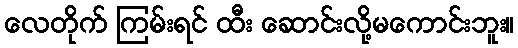
လေတိုက် ကြမ်းရင် ထီး ဆောင်းလို့မကောင်းဘူး။